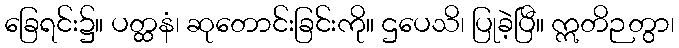
ခြေရင်း၌။ ပတ္ထနံ၊ ဆုတောင်းခြင်းကို။ ဌပေသိ၊ ပြုခဲ့ပြီ။ ဣတိဉတွာ၊